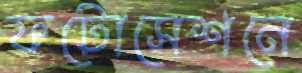
ফটোসেশনে